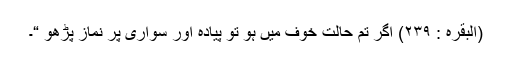
(البقرہ : ٢٣٩) اگر تم حالت خوف میں ہو تو پیادہ اور سواری پر نماز پڑھو “۔